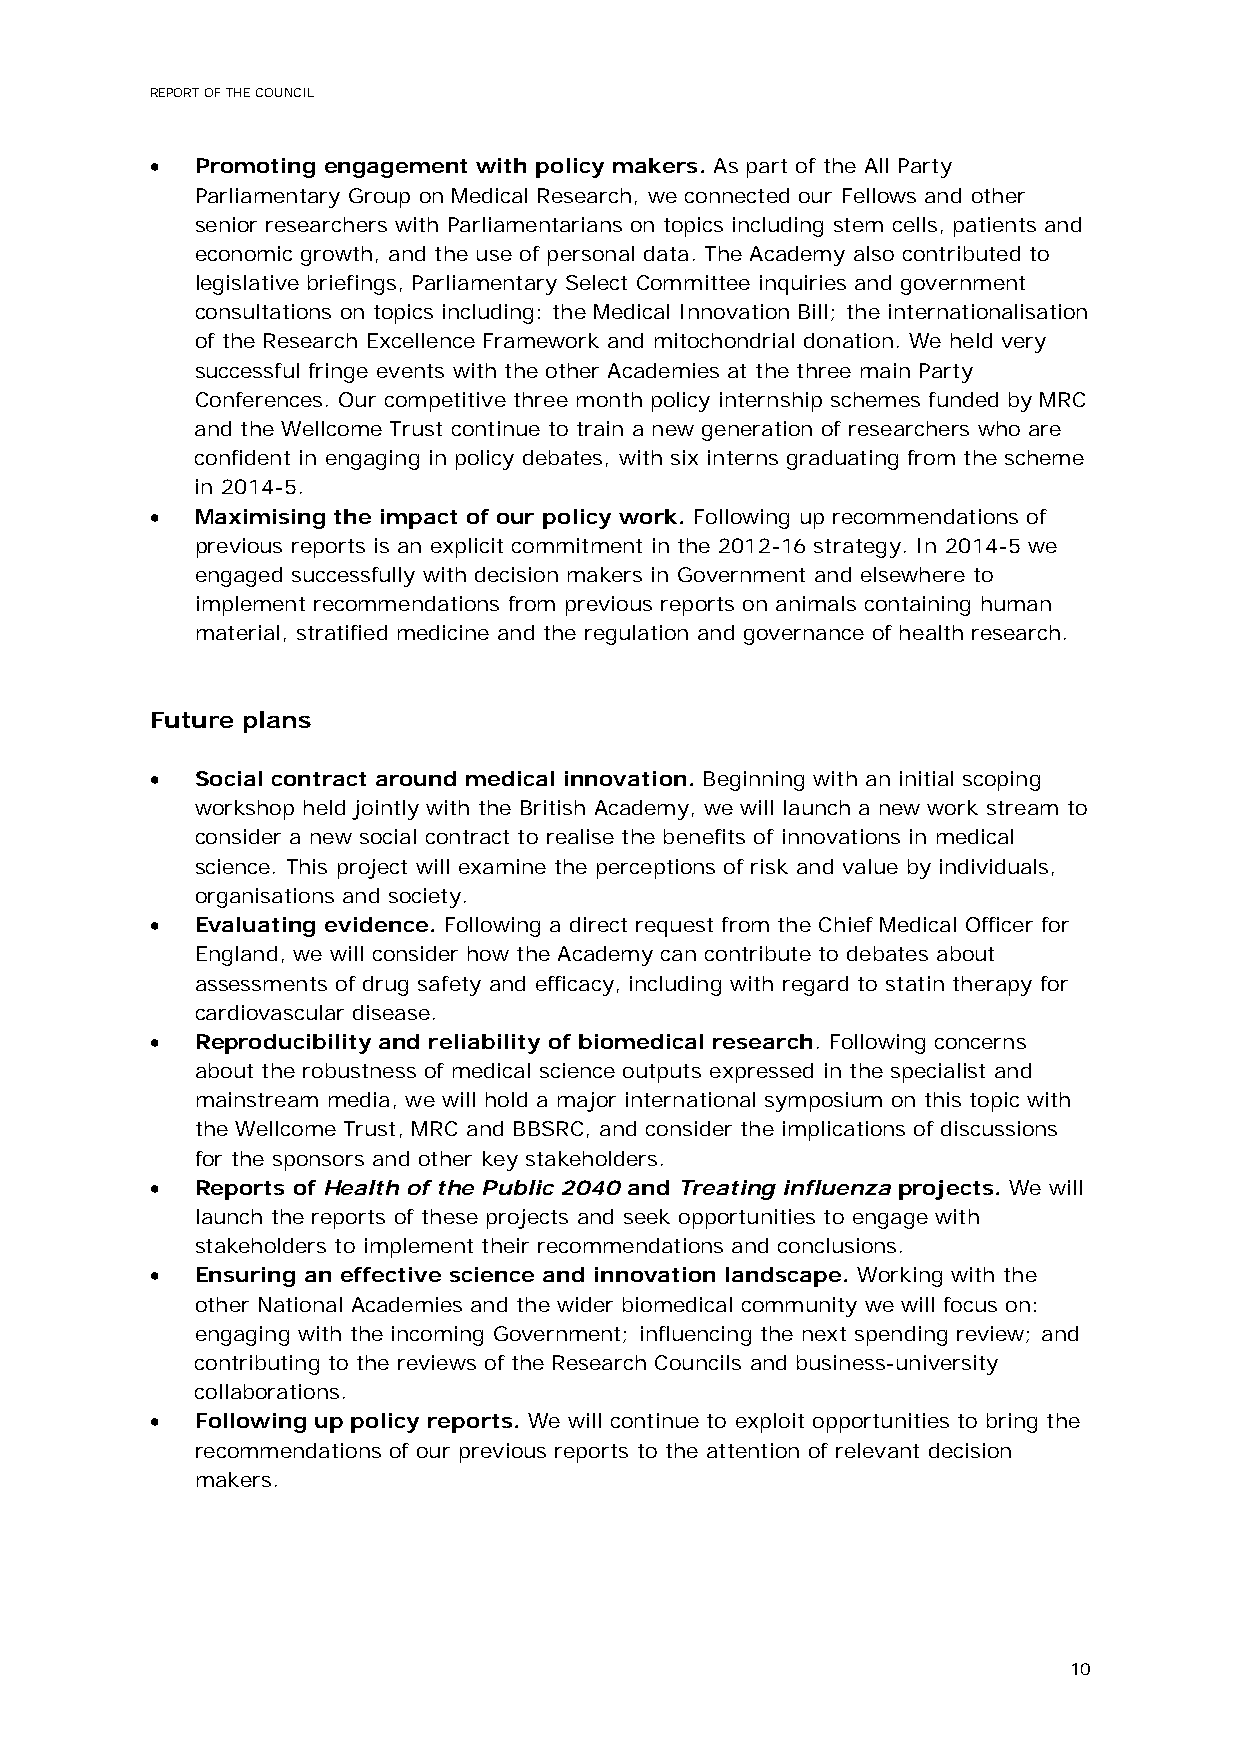
REPORT OF THE COUNCIL
 •  Promoting engagement with policy makers. As part of the All Party
 Parliamentary Group on Medical Research, we connected our Fellows and other
 senior researchers with Parliamentarians on topics including stem cells, patients and
 economic growth, and the use of personal data. The Academy also contributed to
 legislative briefings, Parliamentary Select Committee inquiries and government
 consultations on topics including: the Medical Innovation Bill; the internationalisation
 of the Research Excellence Framework and mitochondrial donation. We held very
 successful fringe events with the other Academies at the three main Party
 Conferences. Our competitive three month policy internship schemes funded by MRC
 and the Wellcome Trust continue to train a new generation of researchers who are
 confident in engaging in policy debates, with six interns graduating from the scheme
 in 2014-5.
 •  Maximising the impact of our policy work. Following up recommendations of
 previous reports is an explicit commitment in the 2012-16 strategy. In 2014-5 we
 engaged successfully with decision makers in Government and elsewhere to
 implement recommendations from previous reports on animals containing human
 material, stratified medicine and the regulation and governance of health research.
 Future plans
 •  Social contract around medical innovation. Beginning with an initial scoping
 workshop held jointly with the British Academy, we will launch a new work stream to
 consider a new social contract to realise the benefits of innovations in medical
 science. This project will examine the perceptions of risk and value by individuals,
 organisations and society.
 •  Evaluating evidence. Following a direct request from the Chief Medical Officer for
 England, we will consider how the Academy can contribute to debates about
 assessments of drug safety and efficacy, including with regard to statin therapy for
 cardiovascular disease.
 •  Reproducibility and reliability of biomedical research. Following concerns
 about the robustness of medical science outputs expressed in the specialist and
 mainstream media, we will hold a major international symposium on this topic with
 the Wellcome Trust, MRC and BBSRC, and consider the implications of discussions
 for the sponsors and other key stakeholders.
 •  Reports of Health of the Public 2040 and Treating influenza projects. We will
 launch the reports of these projects and seek opportunities to engage with
 stakeholders to implement their recommendations and conclusions.
 •  Ensuring an effective science and innovation landscape. Working with the
 other National Academies and the wider biomedical community we will focus on:
 engaging with the incoming Government; influencing the next spending review; and
 contributing to the reviews of the Research Councils and business-university
 collaborations.
 •  Following up policy reports. We will continue to exploit opportunities to bring the
 recommendations of our previous reports to the attention of relevant decision
 makers.
 10